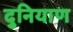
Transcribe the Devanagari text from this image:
दुनियाण